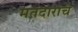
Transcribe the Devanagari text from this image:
मतदारांचे